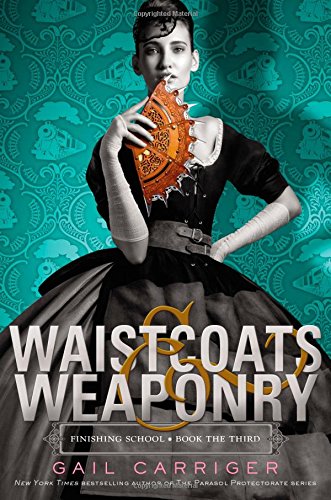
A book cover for Waistcoats & Weaponry (Finishing School); Gail Carriger; Teen & Young Adult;